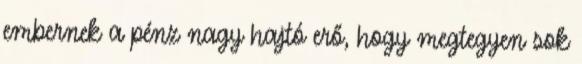
embernek a pénz nagy hajtó erő, hogy megtegyen sok